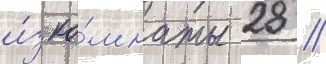
и́з ко́мнаты 28 //